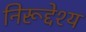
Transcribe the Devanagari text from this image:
निरूद्देश्य